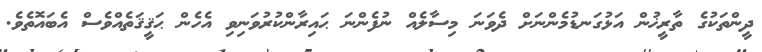
ދީންތަކުގެ ތާރީޚުން އަޅުގަނޑުމެންނަށް ދެވަނަ މިސާލެއް ނުފެންނަ ޙައިރާންކުރުވަނިވި އެހެން ޙަޤީޤަތެއްވެސް އެބައޮތެވެ.